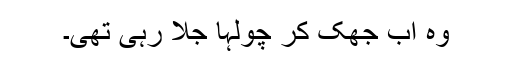
وہ اب جھک کر چولہا جلا رہی تھی۔